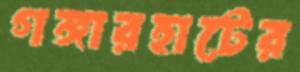
গঙ্গারহাটের